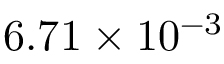
6 . 7 1 \times 1 0 ^ { - 3 }